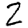
Digit: 2